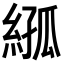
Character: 𦁣